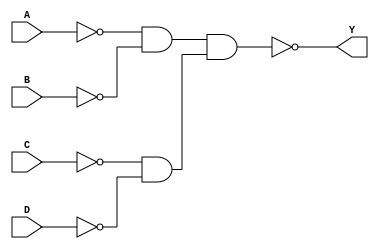
module four_input_OR_gate (
    input A,
    input B,
    input C,
    input D,
    output Y
);

wire not_A, not_B, not_C, not_D;
wire and1, and2, and3;
 
 // NOT gates
assign not_A = ~A;
assign not_B = ~B;
assign not_C = ~C;
assign not_D = ~D;

// AND gates
assign and1 = not_A & not_B;
assign and2 = not_C & not_D;
assign and3 = and1 & and2;

// Output
assign Y = ~and3;

endmodule